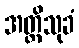
အတ္ထိသုခံ